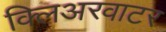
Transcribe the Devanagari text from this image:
क्लिअरवाटर